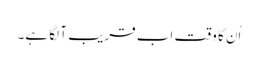
اُن کا وقت اب قریب آ لگا ہے۔